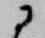
に